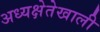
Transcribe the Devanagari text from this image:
अध्यक्षेतेखाली